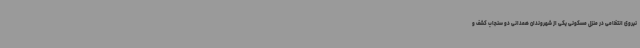
نیروی انتظامی در منزل مسکونی یکی از شهروندان همدانی دو سنجاب کشف و